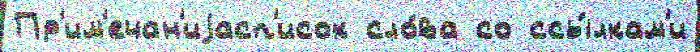
Пр'им'ечан'иjасп'исок сло́ва со ссы́лкам'и